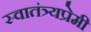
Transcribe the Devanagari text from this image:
स्वातंत्र्यप्रेमी